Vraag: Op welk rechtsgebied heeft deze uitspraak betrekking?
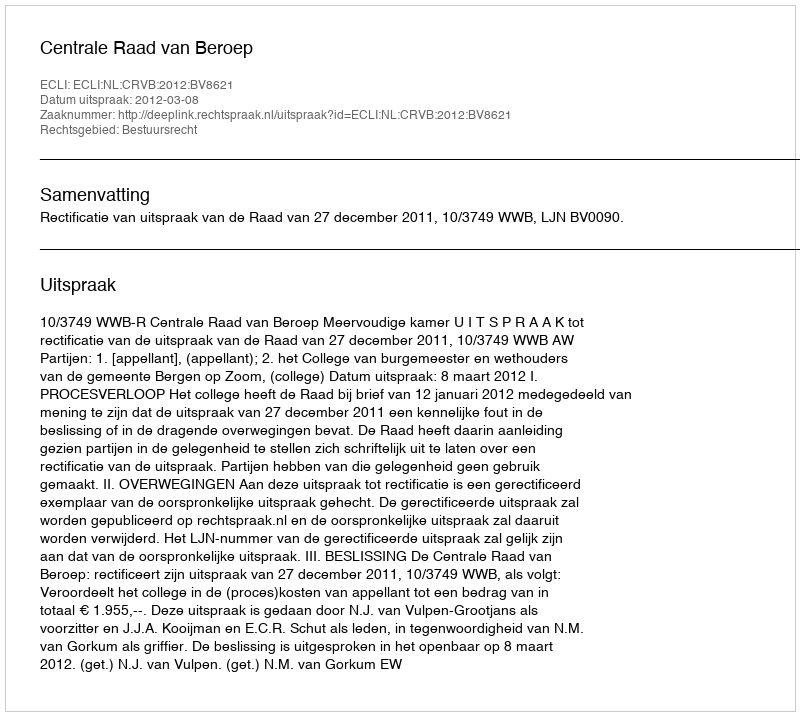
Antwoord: Bestuursrecht